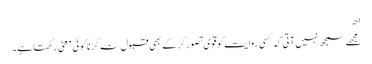
اھ
مجھے سمجھ نہیں آتی کہ کسی روایت کو قوی تصور کر کے بھی قبول نہ کرنا کوئی معنی رکھتا ہے۔